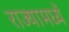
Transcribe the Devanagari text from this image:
राज्यामध्यें